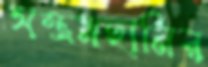
সম্ভ্রমহানির